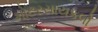
મોટરસાયકલો